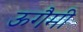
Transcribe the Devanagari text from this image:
ऊगैमी